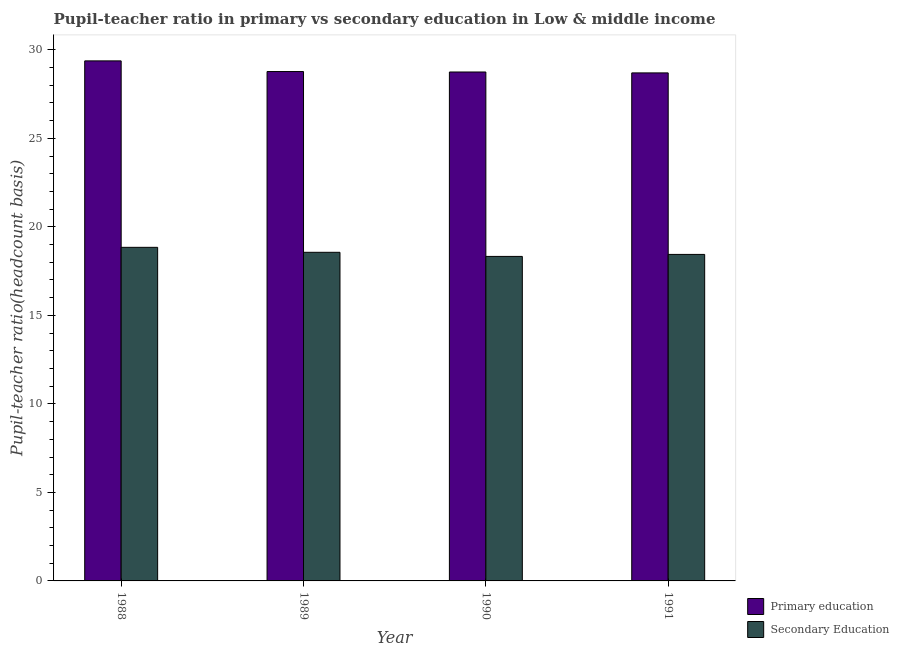
| Year | Primary education | Secondary Education |
 | --- | --- | --- |
 | 1988 | 29.4 | 18.8 |
 | 1989 | 28.8 | 18.6 |
 | 1990 | 28.7 | 18.3 |
 | 1991 | 28.7 | 18.4 |